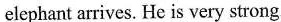
elephant arrives. He is very strong.